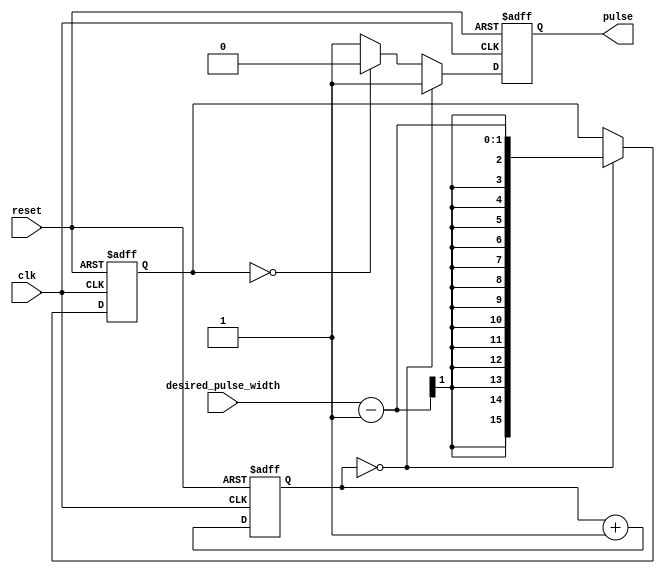
module PulseGenerator (
    input clk,
    input reset,
    input desired_pulse_width,
    output reg pulse
);

reg [15:0] count;
reg [15:0] pulse_width_counter;

always @(posedge clk or posedge reset)
begin
    if (reset)
        begin
            count <= 16'b0;
            pulse_width_counter <= 16'b0;
            pulse <= 1'b0;
        end
    else
        begin
            count <= count + 1;
            
            if (count == 16'b0)
                pulse_width_counter <= desired_pulse_width - 1;
            
            if (pulse_width_counter == 16'b0)
                pulse <= 1'b0;
            else
                pulse <= 1'b1;
                
            if (count == 16'b0)
                pulse <= 1'b1;
        end
end

endmodule